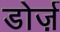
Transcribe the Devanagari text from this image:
डोर्ज़